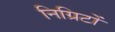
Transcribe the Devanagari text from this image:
निग्रिटों